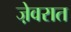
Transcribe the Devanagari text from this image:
जे़वरात